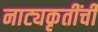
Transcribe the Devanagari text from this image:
नाट्यकृतींची